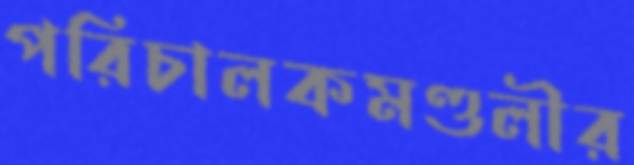
পরিচালকমণ্ডলীর